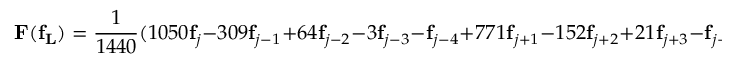
\mathbf { F ( f _ { L } ) } = \frac { 1 } { 1 4 4 0 } ( 1 0 5 0 \mathbf { f } _ { j } - 3 0 9 \mathbf { f } _ { j - 1 } + 6 4 \mathbf { f } _ { j - 2 } - 3 \mathbf { f } _ { j - 3 } - \mathbf { f } _ { j - 4 } + 7 7 1 \mathbf { f } _ { j + 1 } - 1 5 2 \mathbf { f } _ { j + 2 } + 2 1 \mathbf { f } _ { j + 3 } - \mathbf { f } _ { j + 4 } ) ,